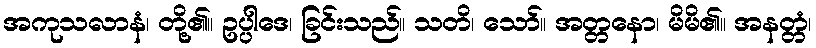
အကုသလာနံ၊ တို့၏။ ဥပ္ပါဒေ၊ ခြင်းသည်။ သတိ၊ သော်။ အတ္တနော၊ မိမိ၏။ အနတ္တံ၊